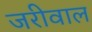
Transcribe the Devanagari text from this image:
जरीवाल